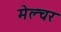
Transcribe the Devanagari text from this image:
मेल्चर